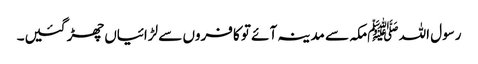
رسول اللہ ﷺمکہ سے مدینہ آئے تو کافروں سے لڑائیاں چھڑ گئیں۔